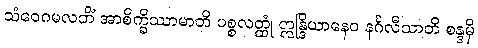
သံဝေဂမလဘိံ အာစိက္ခိဿာမာတိ ပစ္စလတ္ထုံ ဣန္ဒြိယာနေဝ နင်္ဂလီသာတိ စန္ဒမှိ